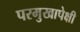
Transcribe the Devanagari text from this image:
परमुखापेक्षी